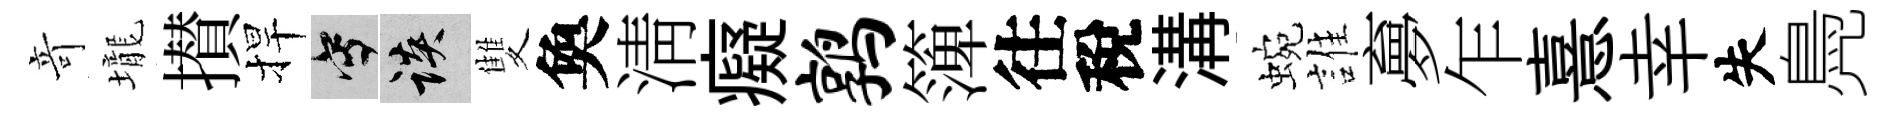
竒壠攅捍寫談雙奐淸癡鹑𥱼往稅溝蜿誰夣乍憙幸失鳧